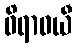
ဝိရာဓယီ